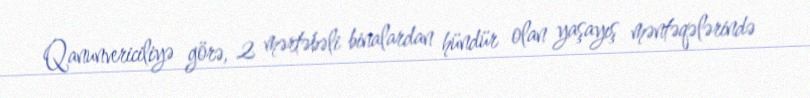
Qanunvericiliyə görə, 2 mərtəbəli binalardan hündür olan yaşayış məntəqələrində